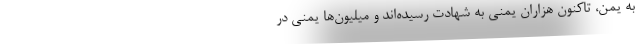
به یمن، تاکنون هزاران یمنی به شهادت رسیده‌اند و میلیون‌ها یمنی در